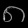
Digit: ၈